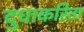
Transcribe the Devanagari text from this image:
दुधाकरिता